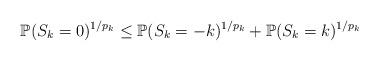
LaTeX: \begin{align*}\mathbb{P}(S_k=0)^{1/p_k} \leq \mathbb{P}(S_k=-k)^{1/p_k} + \mathbb{P}(S_k=k)^{1/p_k}\end{align*}